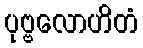
ပုဗ္ဗလောဟိတံ